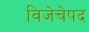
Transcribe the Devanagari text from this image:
विजेचेपद